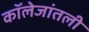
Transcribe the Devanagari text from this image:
कॉलेजांतली